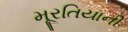
મૂરતિયાની